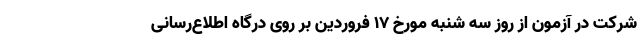
شرکت در آزمون از روز سه­ شنبه مورخ ۱۷ فروردین بر روی درگاه اطلاع‌رسانی